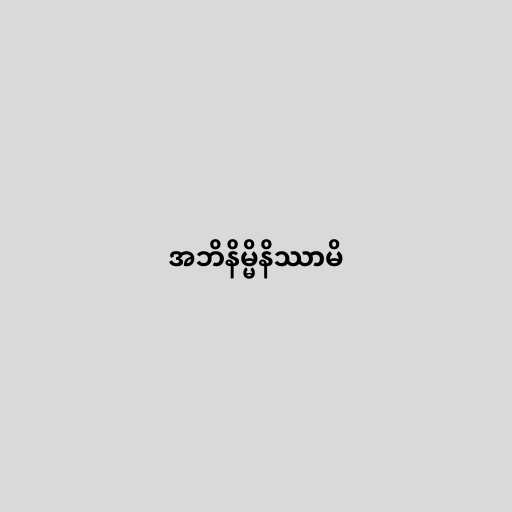
အဘိနိမ္မိနိဿာမိ